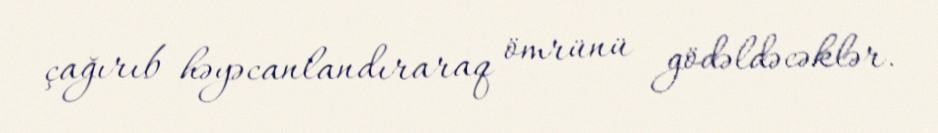
çağırıb həyəcanlandıraraq ömrünü gödəldəcəklər.